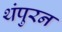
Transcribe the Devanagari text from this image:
थंपुरन